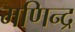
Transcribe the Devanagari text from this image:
मणिन्द्र